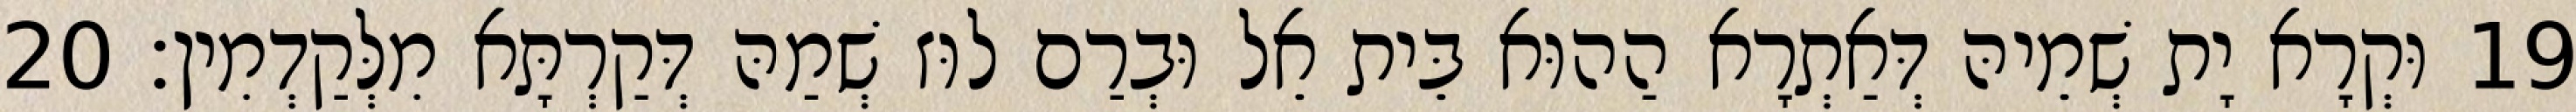
19 וּקְרָא יָת שְׁמֵיהּ דְּאַתְרָא הַהוּא בֵּית אֵל וּבְרַם לוּז שְׁמַהּ דְּקַרְתָּא מִלְּקַדְמִין׃ 20